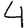
Digit: 4